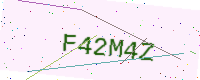
Text: F42M4Z